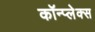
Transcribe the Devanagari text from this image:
कॉन्प्लेक्स